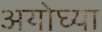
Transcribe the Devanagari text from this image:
अयोघ्या